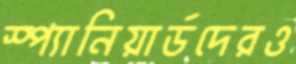
স্প্যানিয়ার্ডদেরও